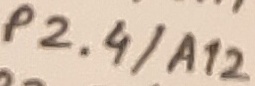
Text: P2.4/A12